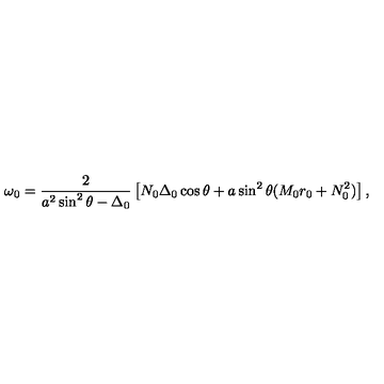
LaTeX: \omega _ { 0 } = \frac { 2 } { a ^ { 2 } \sin ^ { 2 } \theta - \Delta _ { 0 } } \left[ N _ { 0 } \Delta _ { 0 } \cos \theta + a \sin ^ { 2 } \theta ( M _ { 0 } r _ { 0 } + N _ { 0 } ^ { 2 } ) \right] ,